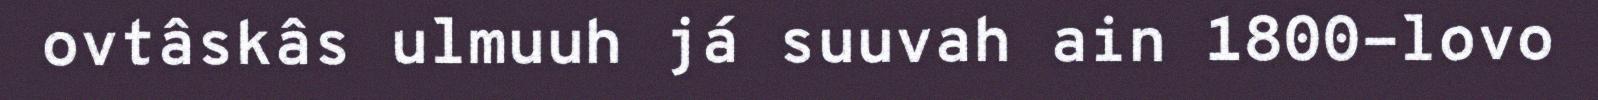
ovtâskâs ulmuuh já suuvah ain 1800-lovo